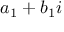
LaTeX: a _ { 1 } + b _ { 1 } i